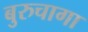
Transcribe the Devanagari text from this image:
बुरुचागा